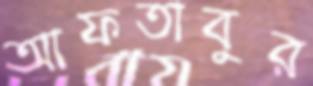
আফতাবুর